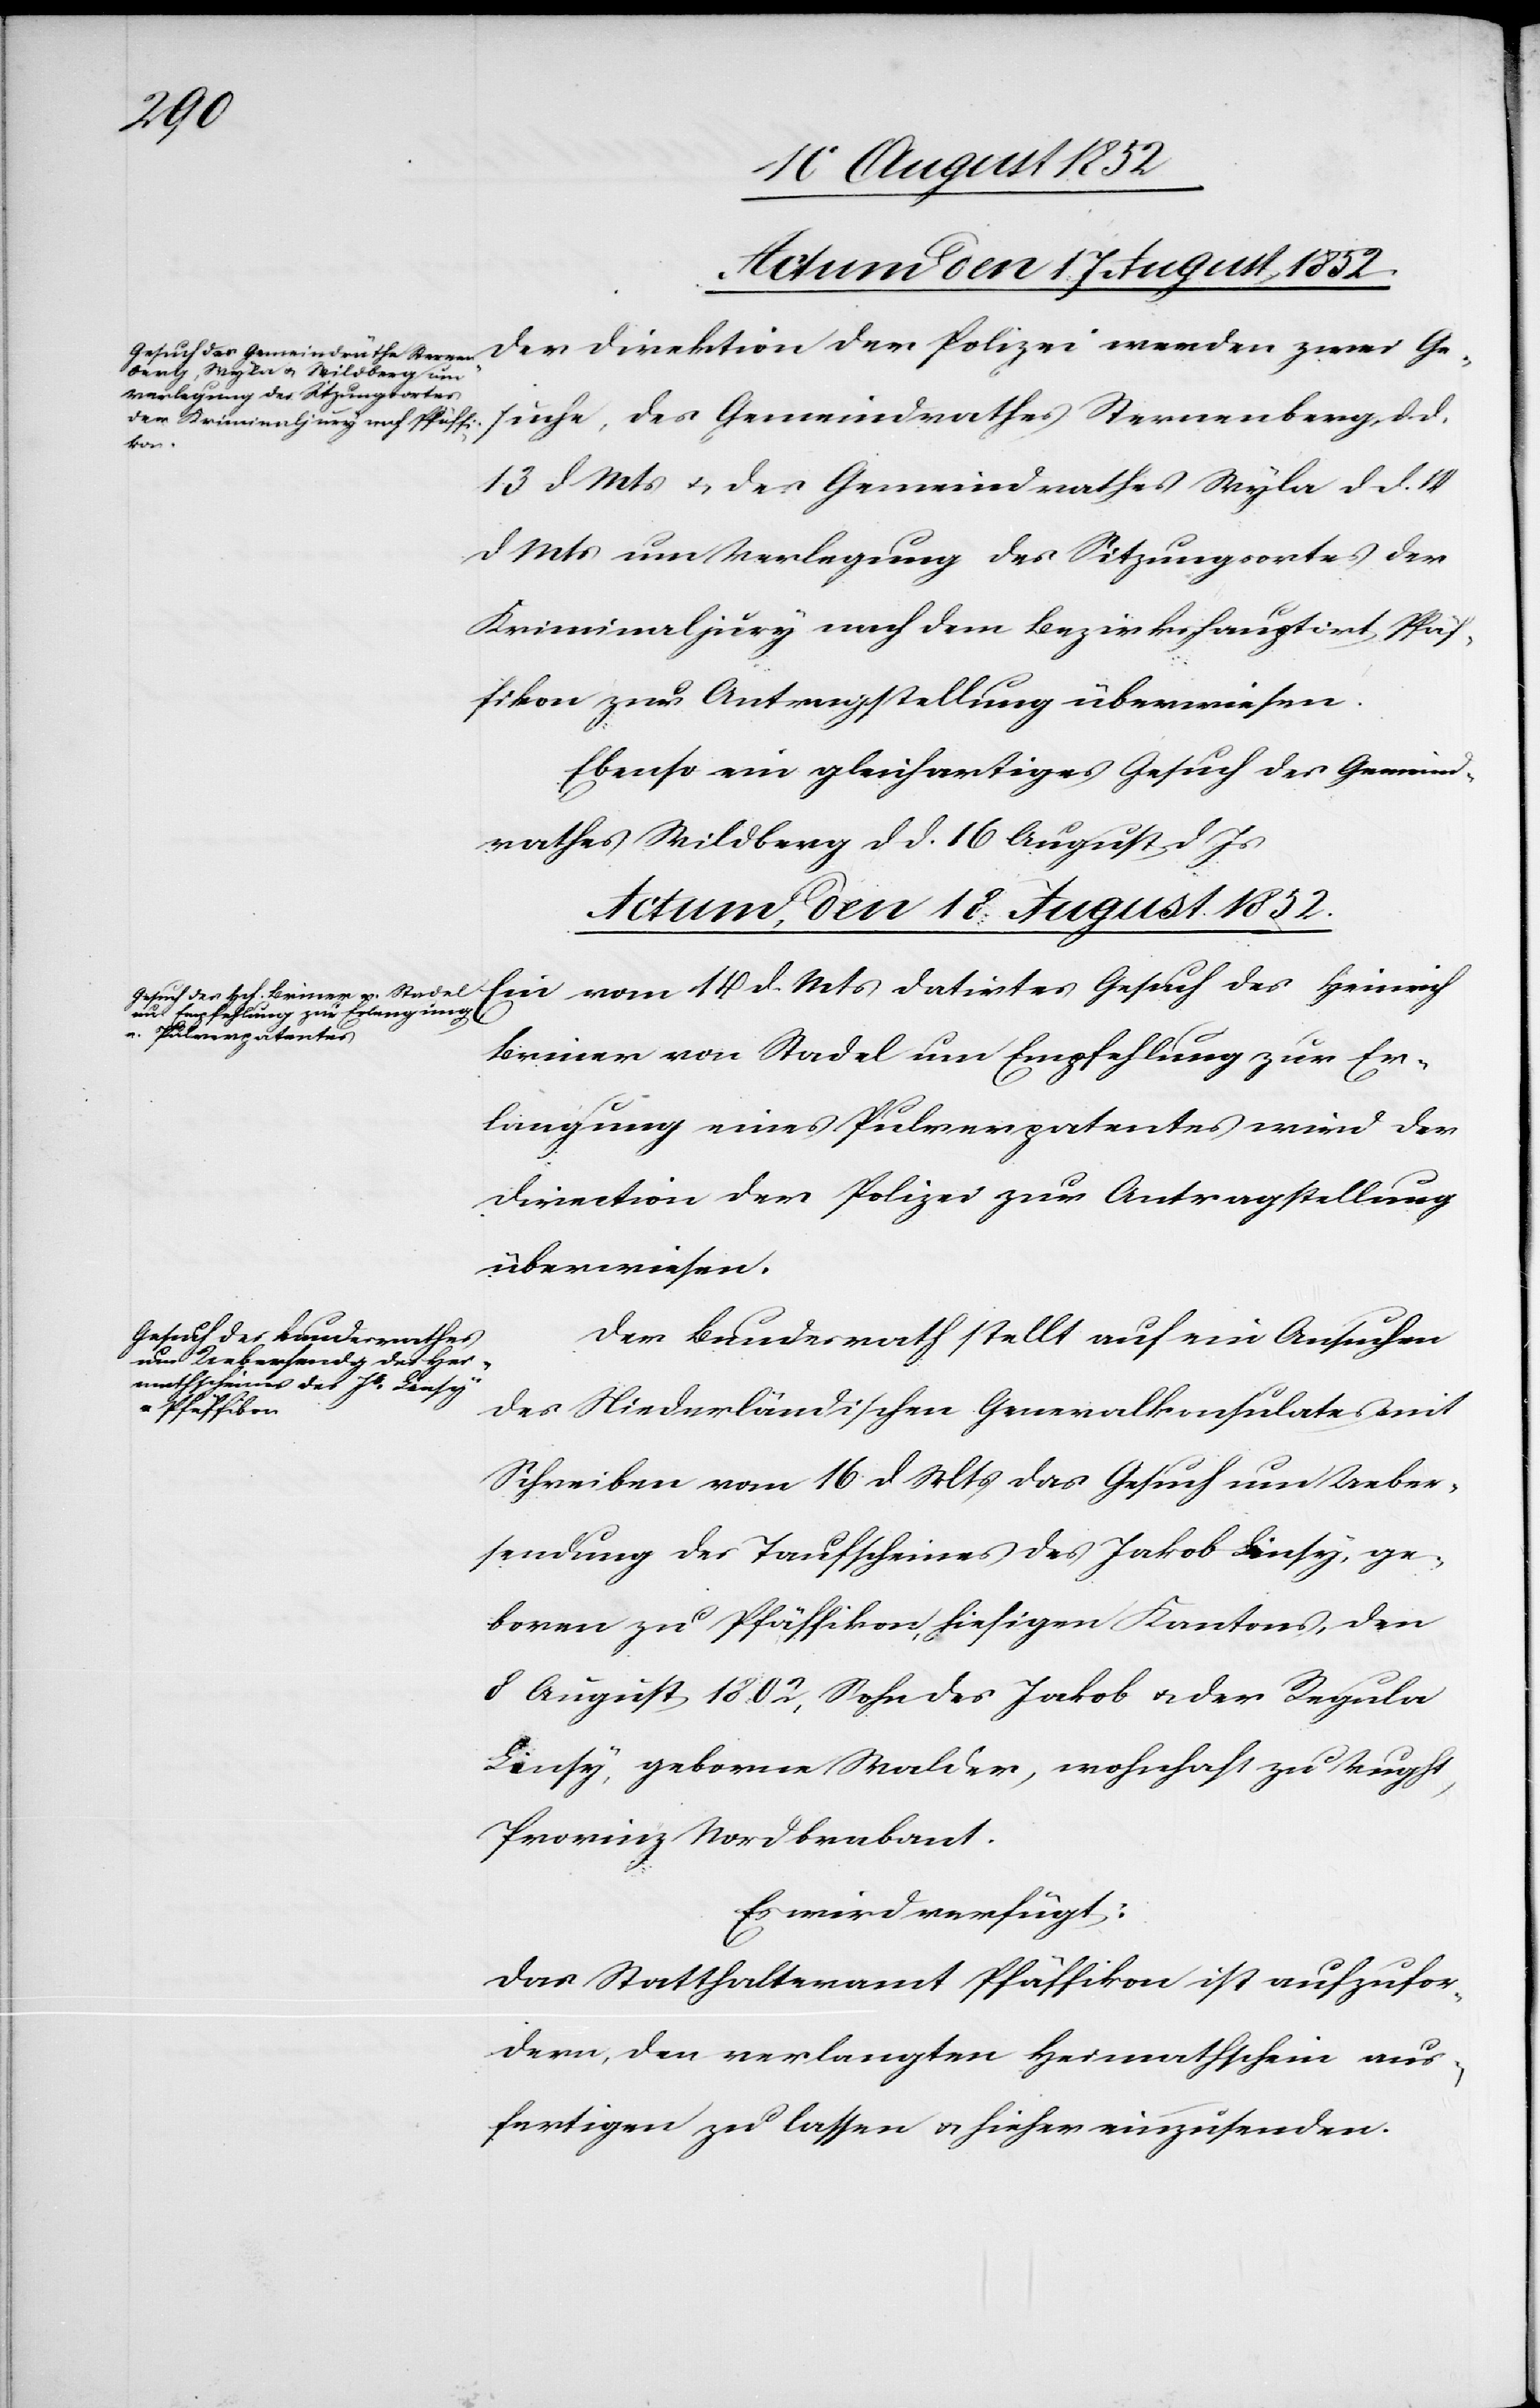
Der Direktion der Polizei werden zwei Ge¬
suche, des Gemeindrathes Sternenberg, d. d.
13 d Mts & des Gemeindrathes Wyla d d. 14
d Mts um Verlegung des Sitzungsortes der
Kriminaljury nach dem Bezirkshauptort Pfäf¬
fikon zur Antragstellung überwiesen.
Ebenso ein gleichartiges Gesuch des Gemeind¬
rathes Wildberg d d. 16 August d Js[.]
Actum, den 18 August 1852.]
Ein vom 14 d. Mts datirtes Gesuch des Heinrich
Briner von Stadel um Empfehlung zur Er¬
langung eines Pulverpatentes wird der
Direction der Polizei zur Antragstellung
überwiesen.
Der Bundesrath stellt auf ein Ansuchen
des Niederländischen Generalkonsulates mit
Schreiben vom 16 d Mts das Gesuch um Ueber¬
sendung des Taufscheines des Jakob Linsy, ge¬
boren zu Pfäffikon, hiesigen Kantons, den
8 August 1802, Sohn des Jakob & der Regula
Linsy, geborne Walder, wohnhaft zu Vught,
Provinz Nordbrabant.
Es wird verfügt:
Das Statthalteramt Pfäffikon ist aufzufor¬
dern, den verlangten Heimathschein aus¬
fertigen zu lassen & hieher einzusenden.